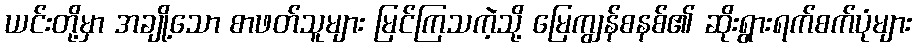
ယင်းတို့မှာ အချို့သော စာဖတ်သူများ မြင်ကြသကဲ့သို့ မြေကျွန်စနစ်၏ ဆိုးရွားရက်စက်ပုံများ